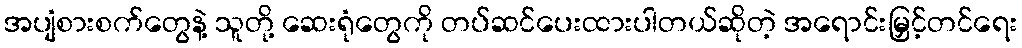
အပျံစားစက်တွေနဲ့ သူတို့ ဆေးရုံတွေကို တပ်ဆင်ပေးထားပါတယ်ဆိုတဲ့ အရောင်းမြှင့်တင်ရေး